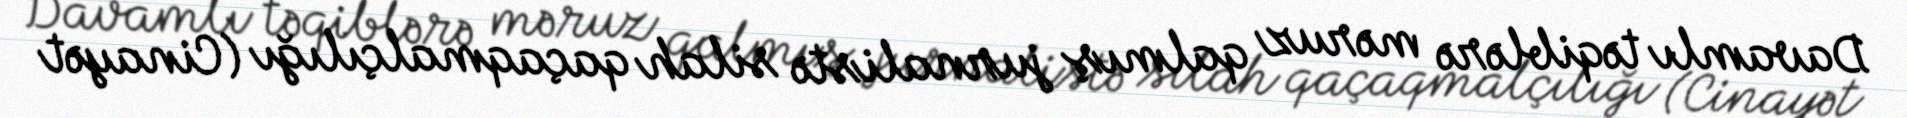
Davamlı təqiblərə məruz qalmış jurnalistə silah qaçaqmalçılığı (Cinayət